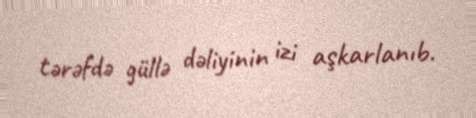
tərəfdə güllə dəliyinin izi aşkarlanıb.